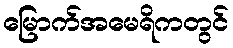
မြောက်အမေရိကတွင်